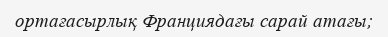
ортағасырлық Франциядағы сарай атағы;